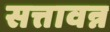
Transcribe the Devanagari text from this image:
सत्तावन्न